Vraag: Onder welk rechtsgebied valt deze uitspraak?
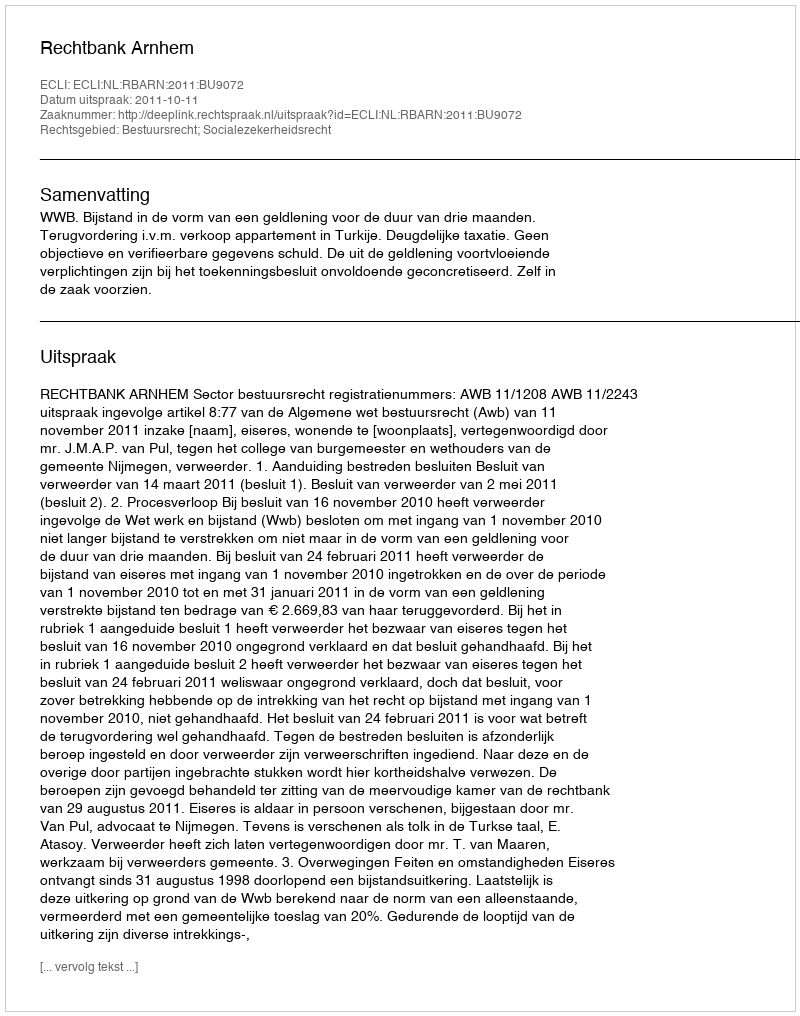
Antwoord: Bestuursrecht; Socialezekerheidsrecht